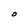
Character: O